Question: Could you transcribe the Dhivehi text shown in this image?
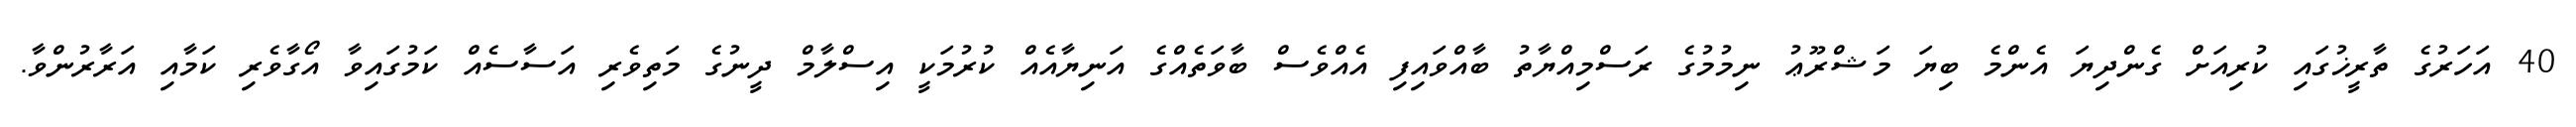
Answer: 40 އަހަރުގެ ތާރީޚުގައި ކުރިއަށް ގެންދިޔަ އެންމެ ބިޔަ މަޝްރޫޢު ނިމުމުގެ ރަސްމިއްޔާތު ބާއްވައިފި އެއްވެސް ބާވަތެއްގެ އަނިޔާއެއް ކުރުމަކީ އިސްލާމް ދީނުގެ މަތިވެރި އަސާސެއް ކަމުގައިވާ އޯގާވެރި ކަމާއި އަރާރުންވާ.